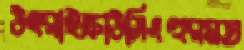
উৎরাইক্রাউসিংহুরমত